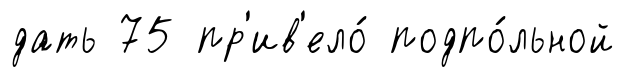
дать 75 пр'ив'ело́ подпо́льной